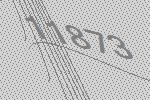
11873